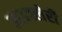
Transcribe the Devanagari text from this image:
आइक्लेरी